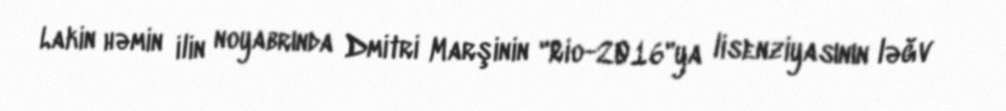
Lakin həmin ilin noyabrında Dmitri Marşinin "Rio-2016"ya lisenziyasının ləğv